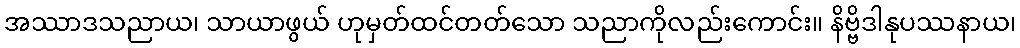
အဿာဒသညာယ၊ သာယာဖွယ် ဟုမှတ်ထင်တတ်သော သညာကိုလည်းကောင်း။ နိဗ္ဗိဒါနုပဿနာယ၊